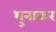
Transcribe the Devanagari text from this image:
भुनाकर